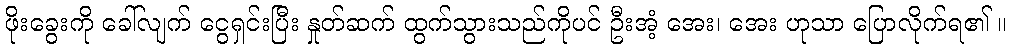
ဖိုးခွေးကို ခေါ်လျက် ငွေရှင်းပြီး နှုတ်ဆက် ထွက်သွားသည်ကိုပင် ဦးအံ့ အေး၊ အေး ဟုသာ ပြောလိုက်ရ၏ ။